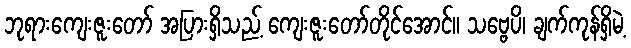
ဘုရားကျေးဇူးတော် အပြားရှိသည့် ကျေးဇူးတော်တိုင်အောင်။ သဗ္ဗေပိ၊ ချက်ကုန်ရှိမဲ့